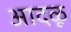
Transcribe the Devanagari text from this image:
आदळू